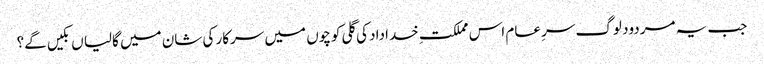
جب یہ مردود لوگ سرِ عام اس مملکتِ خداداد کی گلی کوچوں میں سرکار کی شان میں گالیا ں بکیں گے؟